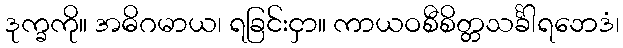
ဒုက္ခကို။ အဓိဂမာယ၊ ရခြင်းငှာ။ ကာယဝစီစိတ္တသင်္ခါရဘေဒံ၊